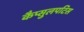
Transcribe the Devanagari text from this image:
कैप्सुलपटिस